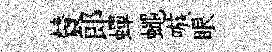
賛郎蟬蠅嗾眼